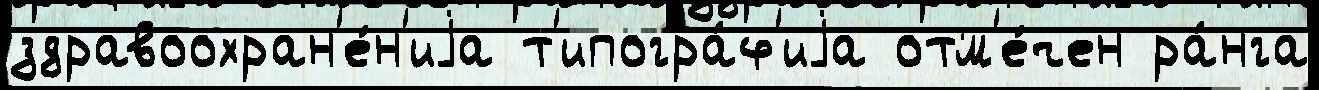
здравоохран'е́н'иjа т'ипогра́ф'иjа отм'е́чен ра́нга